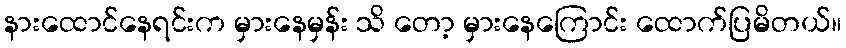
နားထောင်နေရင်းက မှားနေမှန်း သိ တော့ မှားနေကြောင်း ထောက်ပြမိတယ်။